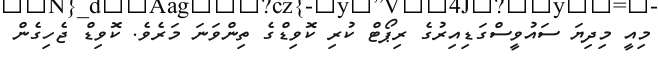
މިއީ މިދިޔަ ސައުވީސްގަޑިއިރުގެ ރިޕޯޓް ކުރި ކޮވިޑްގެ ތިންވަނަ މަރެވެ. ކޮވިޑް ޖެހިގެން